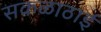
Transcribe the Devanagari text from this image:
सकळाठाई